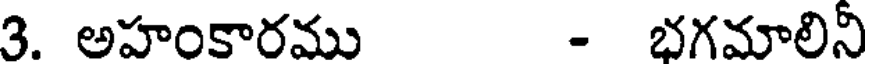
3. అహంకారము - భగమాలినీ